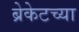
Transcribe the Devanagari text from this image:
ब्रेकेटच्या